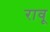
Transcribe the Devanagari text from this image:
रावू